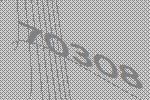
70308